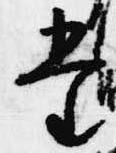
堂